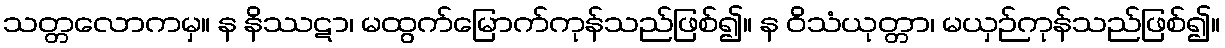
သတ္တလောကမှ။ န နိဿဋာ၊ မထွက်မြောက်ကုန်သည်ဖြစ်၍။ န ဝိသံယုတ္တာ၊ မယှဉ်ကုန်သည်ဖြစ်၍။